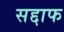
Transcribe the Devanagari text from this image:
सद्दाफ